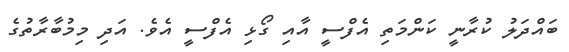
ބައްދަލު ކުރާނީ ކަންމަތި އެފްސީ އާއި ގޯޅި އެފްސީ އެވެ. އަދި މިމުބާރާތުގެ